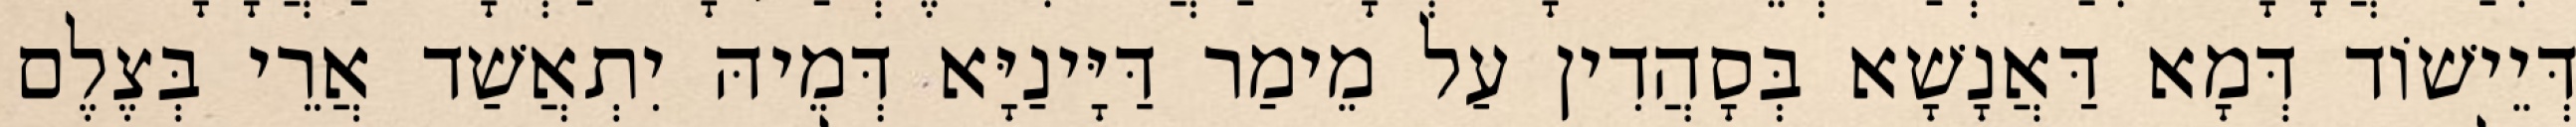
דְּיֵישׁוֹד דְּמָא דַּאֲנָשָׁא בְּסָהֲדִין עַל מֵימַר דַּיָּינַיָּא דְּמֵיהּ יִתְאֲשַׁד אֲרֵי בְּצֶלֶם